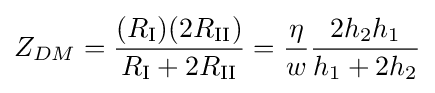
Z_{DM}={\frac {(R_{\text{I}})(2R_{\text{II}})}{R_{\text{I}}+2R_{\text{II}}}}={\frac {\eta }{w}}{\frac {2h_{2}h_{1}}{h_{1}+2h_{2}}}